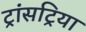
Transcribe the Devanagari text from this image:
ट्रांसट्रिया